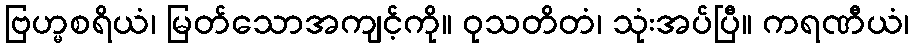
ဗြဟ္မစရိယံ၊ မြတ်သောအကျင့်ကို။ ဝုသတိတံ၊ သုံးအပ်ပြီ။ ကရဏီယံ၊